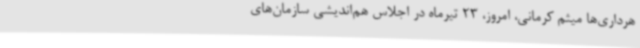
هرداری‌ها میثم کرمانی، امروز، 23 تیرماه در اجلاس هم‌اندیشی سازمان‌های